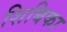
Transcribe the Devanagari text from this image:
शिबिका